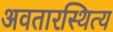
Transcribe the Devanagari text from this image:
अवतारस्थित्य